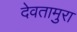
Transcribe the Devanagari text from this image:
देवतामुरा